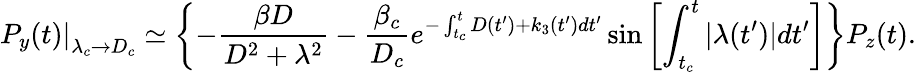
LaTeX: \left.P_{y}(t)\right|_{\lambda_{c}\to D_{c}}\simeq\left\{ -\frac{\beta D}{D^{2}+\lambda^{2}}-\frac{\beta_{c}}{D_{c}}e^{-\int_{t_{c}}^{t}D(t^{\prime})+k_{3}(t^{\prime})dt^{\prime}}\sin\left[\int_{t_{c}}^{t}|\lambda(t^{\prime})|dt^{\prime}\right]\right\} P_{z}(t).